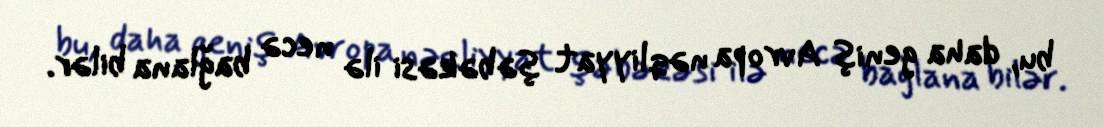
bu, daha geniş Avropa nəqliyyat şəbəkəsi ilə necə bağlana bilər.